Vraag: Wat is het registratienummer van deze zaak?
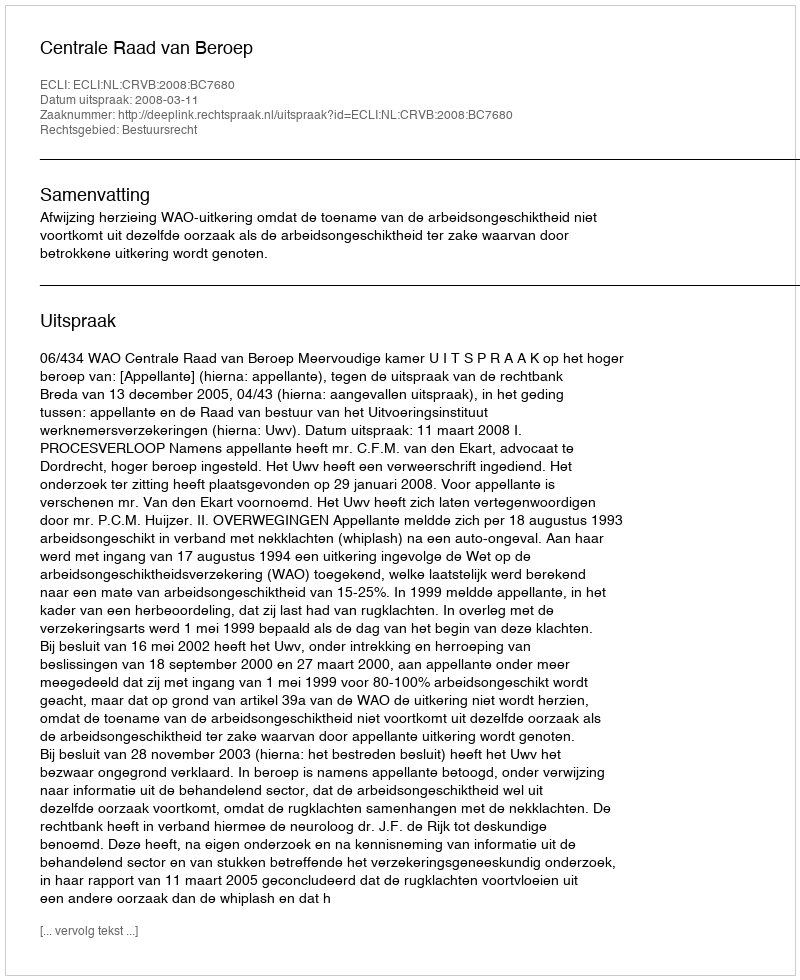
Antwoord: http://deeplink.rechtspraak.nl/uitspraak?id=ECLI:NL:CRVB:2008:BC7680